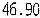
46.90